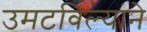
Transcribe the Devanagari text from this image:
उमटविल्याने